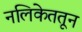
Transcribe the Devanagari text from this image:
नलिकेततून